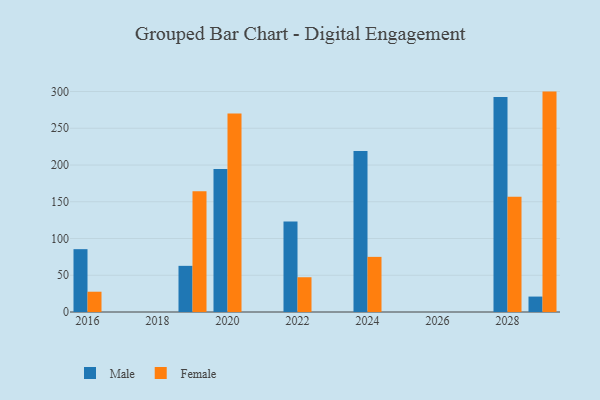
{"axis": {"x": "Year", "y": "Temperature (°C)"}, "legend": ["Female", "Male"], "data": [{"x": "2028", "y": 292.7, "type": "Male"}, {"x": "2028", "y": 156.8, "type": "Female"}, {"x": "2016", "y": 85.5, "type": "Male"}, {"x": "2016", "y": 27.6, "type": "Female"}, {"x": "2019", "y": 62.8, "type": "Male"}, {"x": "2019", "y": 164.4, "type": "Female"}, {"x": "2022", "y": 123.3, "type": "Male"}, {"x": "2022", "y": 47.3, "type": "Female"}, {"x": "2020", "y": 194.6, "type": "Male"}, {"x": "2020", "y": 270.1, "type": "Female"}, {"x": "2024", "y": 219.1, "type": "Male"}, {"x": "2024", "y": 75.0, "type": "Female"}, {"x": "2029", "y": 21.0, "type": "Male"}, {"x": "2029", "y": 299.9, "type": "Female"}]}